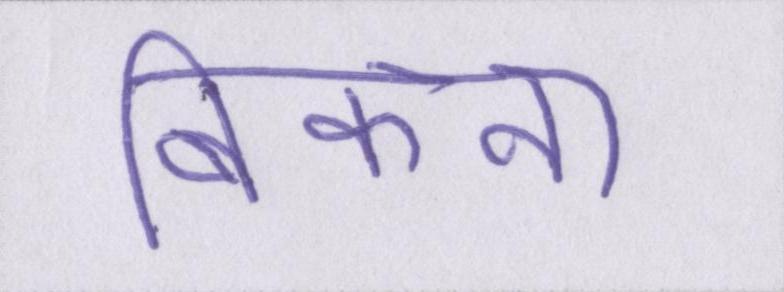
बिकना